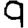
Digit: 9